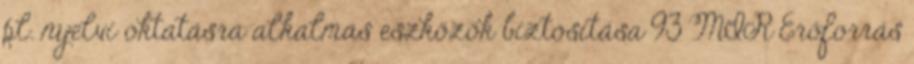
pl. nyelvi oktatásra alkalmas eszközök biztosítása 93 MIR Erőforrás